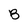
Character: B